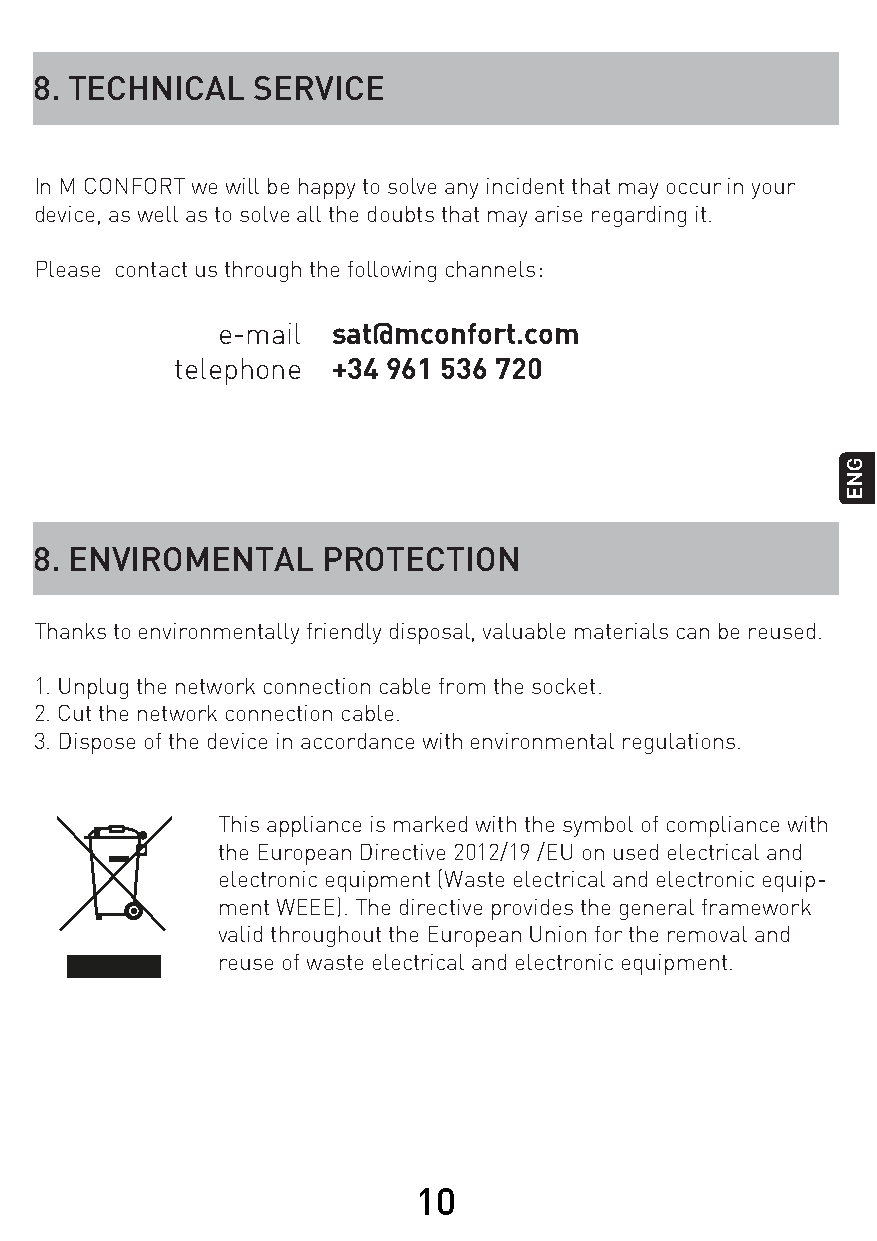
8. TECHNICAL   SERVICE
 In M CONFORT we will be happy to solve any incident that may occur in your
 device, as well as to solve all the doubts that may arise regarding it.
 Please contact us through the following channels:
 e-mail  sat@mconfort.com
 telephone +34 961 536 720
 8. ENVIROMENTAL    PROTECTION
 Thanks to environmentally friendly disposal, valuable materials can be reused.
 1. Unplug the network connection cable from the socket.
 2. Cut the network connection cable.
 3. Dispose of the device in accordance with environmental regulations.
 This appliance is marked with the symbol of compliance with
 the European Directive 2012/19 /EU on used electrical and
 electronic equipment (Waste electrical and electronic equip-
 ment WEEE). The directive provides the general framework
 valid throughout the European Union for the removal and
 reuse of waste electrical and electronic equipment.
 10